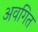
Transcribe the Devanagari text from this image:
अवगित